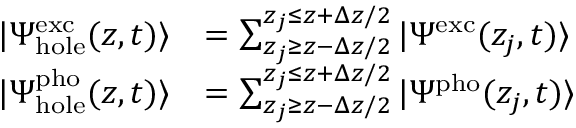
\begin{array} { r l } { | \Psi _ { \mathrm { h o l e } } ^ { \mathrm { e x c } } ( z , t ) \rangle } & { = \sum _ { z _ { j } \ge z - \Delta z / 2 } ^ { z _ { j } \le z + \Delta z / 2 } | \Psi ^ { \mathrm { e x c } } ( z _ { j } , t ) \rangle } \\ { | \Psi _ { \mathrm { h o l e } } ^ { \mathrm { p h o } } ( z , t ) \rangle } & { = \sum _ { z _ { j } \ge z - \Delta z / 2 } ^ { z _ { j } \le z + \Delta z / 2 } | \Psi ^ { \mathrm { p h o } } ( z _ { j } , t ) \rangle } \end{array}